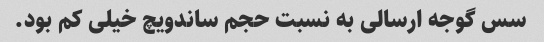
سس گوجه ارسالی به نسبت حجم ساندویچ خیلی کم بود.